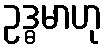
ဥဒ္ဓမာဟု